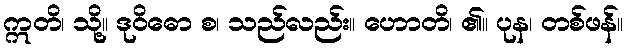
ဣတိ၊ သို့။ ဒုဝိဓော စ၊ သည်လည်း။ ဟောတိ၊ ၏။ ပုန၊ တစ်ဖန်။